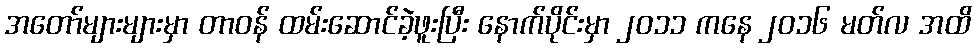
အတော်များများမှာ တာဝန် ထမ်းဆောင်ခဲ့ဖူးပြီး နောက်ပိုင်းမှာ ၂၀၁၁ ကနေ ၂၀၁၆ မတ်လ အထိ